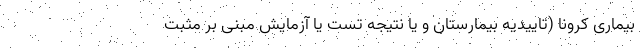
بیماری کرونا (تاییدیه بیمارستان و یا نتیجه تست یا آزمایش مبنی بر مثبت